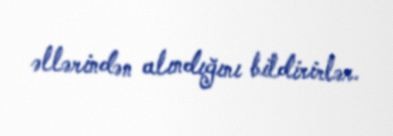
əllərindən alındığını bildirirlər.